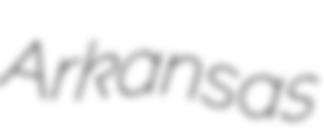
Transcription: Arkansas